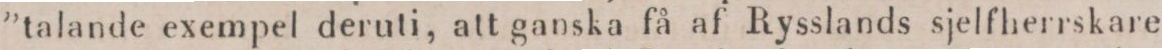
”talande exempel deruti, att ganska få af Rysslands sjelfherrskare